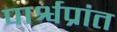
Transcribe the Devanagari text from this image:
पार्श्वप्रांत